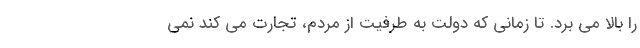
را بالا می برد. تا زمانی که دولت به طرفیت از مردم، تجارت می کند نمی